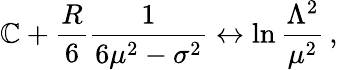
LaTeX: \mathbb{C}+\frac{{R}}{{6}}\frac{{1}}{{6\mu^{2}-\sigma^{2}}}\leftrightarrow\ln\frac{{\Lambda^{2}}}{{\mu^{2}}}\, ,